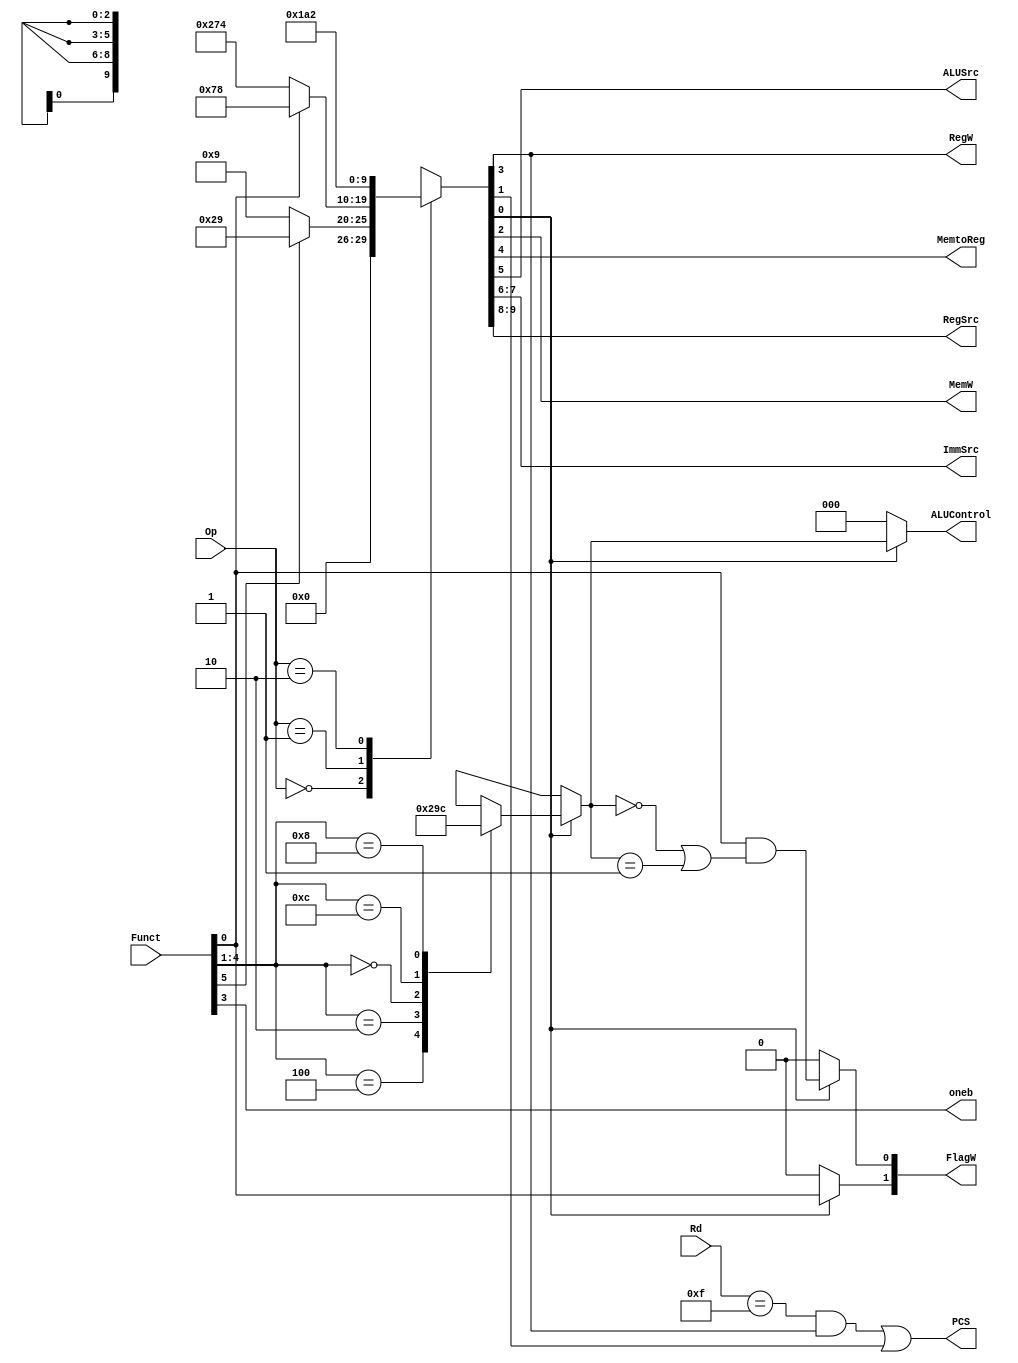
module decode (
	Op,
	Funct,
	Rd,
	FlagW,
	PCS,
	RegW,
	MemW,
	MemtoReg,
	ALUSrc,
	ImmSrc,
	RegSrc,
	ALUControl,
	oneb
);
	input wire [1:0] Op;
	input wire [5:0] Funct;
	input wire [3:0] Rd;
	output reg [1:0] FlagW;
	output wire PCS;
	output wire RegW;
	output wire MemW;
	output wire MemtoReg;
	output wire ALUSrc;
	output wire [1:0] ImmSrc;
	output wire [1:0] RegSrc;
	output reg [2:0] ALUControl;
	output wire oneb;

	reg [9:0] controls;
	wire Branch;
	wire ALUOp;
	always @(*)
		casex (Op)
			2'b00:
				if (Funct[5])
					controls = 10'b0000101001;
				else
					controls = 10'b0000001001;
			2'b01:
				if (Funct[0])
					controls = 10'b0001111000;
				else
					controls = 10'b1001110100;
			2'b10: controls = 10'b0110100010;
			default: controls = 10'bxxxxxxxxxx;
		endcase
	assign {RegSrc, ImmSrc, ALUSrc, MemtoReg, RegW, MemW, Branch, ALUOp} = controls;
	always @(*)
		if (ALUOp) begin
			case (Funct[4:1])
				4'b0100: ALUControl = 3'b000;
				4'b0010: ALUControl = 3'b001;
				4'b0000: ALUControl = 3'b010;
				4'b1100: ALUControl = 3'b011;
				4'b1000: ALUControl = 3'b100;
				default: ALUControl = 3'bxxx;
			endcase
			FlagW[1] = Funct[0];
			FlagW[0] = Funct[0] & ((ALUControl == 3'b000) | (ALUControl == 3'b001));
		end
		else begin
			ALUControl = 3'b000;
			FlagW = 2'b00;
		end
	assign PCS = ((Rd == 4'b1111) & RegW) | Branch;
	assign oneb = Funct[3];

endmodule